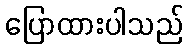
ပြောထားပါသည်